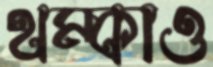
থম্‌কাও